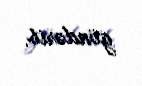
göndərib.